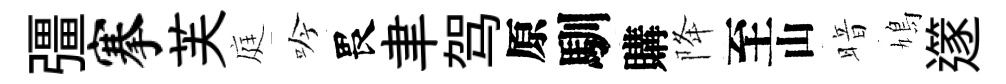
彊搴芙庭吟畏聿驾原馴購降至山暗鳩𨗹